Indian journal of veterinary science and animal husbandry - Volume 5,
Year: 1935
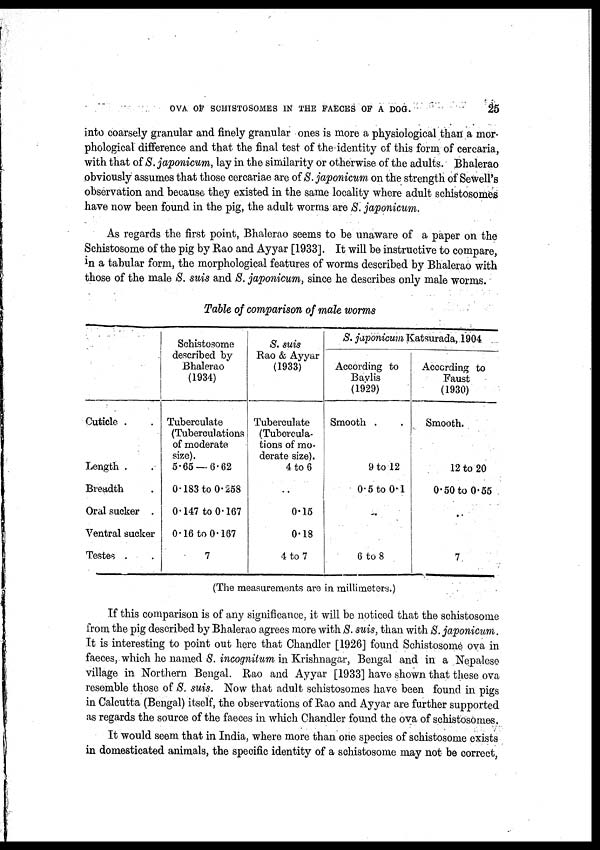
OVA OF SCHISTOSOMES IN THE FAECES OF A DOG.
25
into coarsely granular and finely granular ones is more a physiological than a mor-
phological difference and that the final test of the identity of this form of cercaria,
with that of 8. japonicum, lay in the similarity or otherwise of the adults. Bhalerao
obviously assumes that those cercariae are of S. japonicum. on the strength of Sewell's
observation and because they existed in the same locality where adult schistosomes
have now been found in the pig, the adult worms are 8. japonicum.
As regards the first point, Bhalerao seems to be unaware of a paper on the
Schistosome of the pig by Rao and Ayyar [1933]. It will be instructive to compare,
in a tabular form, the morphological features of worms described by Bhalerao with
those of the male S. suis and S. japonicum, since he describes only male worms.
Table of comparison of male worms
Cuticle . .
Length . .
Breadth .
Oral sucker .
Ventral sucker
Testes . .
Schistosome
described by
Bhalerao
(1934)
Tuberculate
(Tuberculations
of moderate
size).
5.65 — 6.62
0.183 to 0.258
0.147 to 0.167
0.16 to 0.167
7
S. suis
Rao & Ayyar
(1933)
Tuberculate
(Tubercula-
tions of mo-
derate size).
4 to 6
. .
0.15
0.18
4 to 7
S. japonicum Katsurada, 1904
According to
Baylis
(1929)
Smooth . .
9 to 12
0.5 to 0.1
6 to 8
According to
Faust
(1930)
Smooth.
12 to 20
0.50 to 0.55
.
7
(The measurements are in millimeters.)
If this comparison is of any significance, it will be noticed that the schistosome
from the pig described by Bhalerao agrees more with S. suis, than with S. japonicum.
It is interesting to point out here that Chandler [1926] found Schistosome ova in
faeces, which he named S. incognitum in Krishnagar, Bengal and in a Nepalese
village in Northern Bengal. Rao and Ayyar [1933] have shown that these ova
resemble those of S. suis. Now that adult schistosomes have been found in pigs
in Calcutta (Bengal) itself, the observations of Rao and Ayyar are further supported
as regards the source of the faeces in which Chandler found the ova of schistosomes.
It would seem that in India, where more than one species of schistosome exists
in domesticated animals, the specific identity of a schistosome may not be correct,